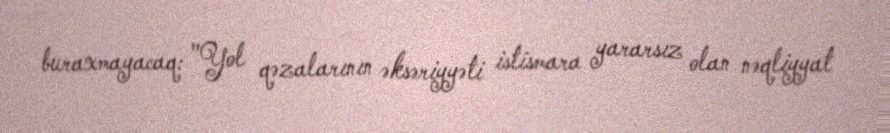
buraxmayacaq: "Yol qəzalarının əksəriyyəti istismara yararsız olan nəqliyyat